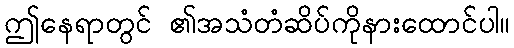
ဤနေရာတွင် ၏အသံတံဆိပ်ကိုနားထောင်ပါ။